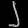
Digit: ၂